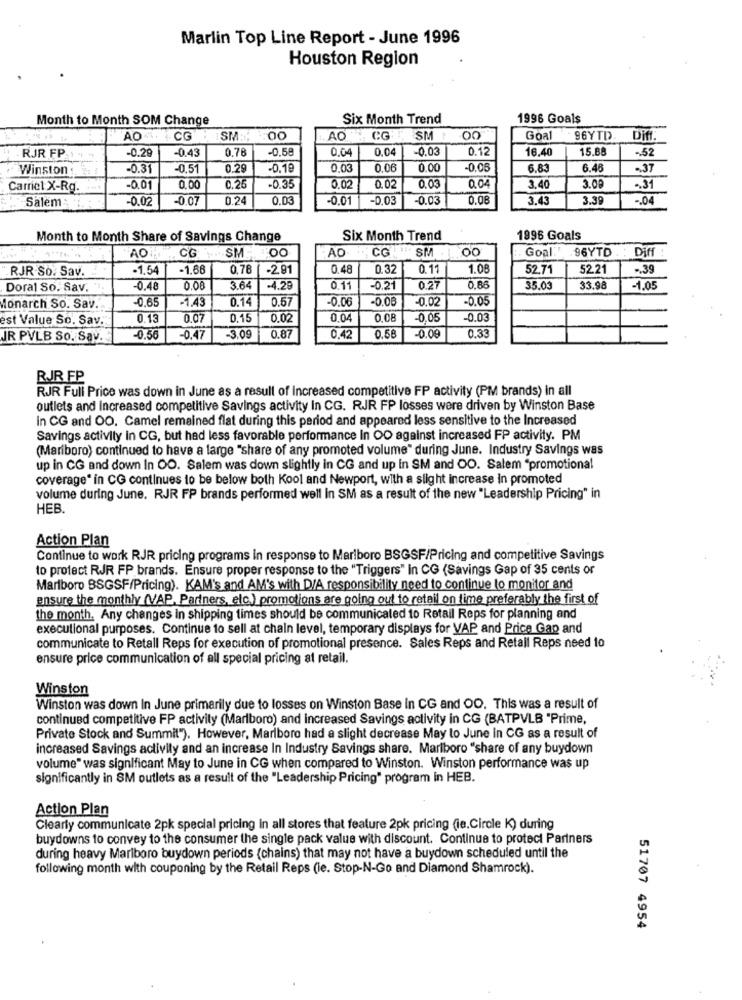
Marlin Top Line Report - June 1996
Houston Region
Month to Month SOM Change
Six Month Trend
1996 Goals
'AO. CG
SM :;
:00
AO
CG
SM
Goal
96YTD.
Diff.
-0.29
-0.43
0.7
-0.5
0.04
0,04
-0.03
0.12
16.40
15.88
-. 52
RJR FP
Winston
-0.31
-0,5
0.29
-0.18
0.03
0.06
0.00
-0.06
6.83
6.46
.. 37
Carricl X-Rg.
-0.01
0.00
0.26
-0.35
0.02
0.02
0.03
3.40
3.00
-. 31
Salem :
-0.02
-0.01
0.24
0.03
-0.01
-0,03
-0.03
0.08
3.43
3.39
-. 04
Month to Month Share of Savings Change
Six Month Trend
1996 Goals
AD CG SM
Goal:' .96YTD
: Diff
AO CG SM: 00
RJR So: Sav.
-1.54
-1.68
0.78 -291
0.48
0.32
0.11
1.08
52.71
52.21
.. 39
Doral So. Sav.
-0.48
0.00
3.64
-4.28
0.11
-0.21
0.2
0.85
35.03
33.98
-0,6
-1.43
0.14
0.57
-0.06
-0.06
-0.05
Monarch So. Sav.
est Value So. Sav.
0.13
0.07
0.15
0.02
0.04
0.08
0.05
-0.03
0.58
JR PVLB So. Sav ..
-0.56
-0,47
-3.09
0.87
0.42
-0.09
0.3
RJR FP
RJR Full Price was down in June as a result of Increased competitive FP activity (PM brands) in all
outlets and increased competitive Savings activity in CG. RJR FP losses were driven by Winston Base
In CG and OO. Camel remained flat during this period and appeared less sensitive to the Increased
Savings activity in CG, but had less favorable performance In OO against increased FP activity. PM
(Mariboro) continued to have a large "share of any promoted volume" during June. Industry Savings was
up in CG and down In OO. Salem was down slightly in CG and up in SM and OO. Salem "promotional
coverage" in CG continues to be below both Kool and Newport, with a slight increase in promoted
volume during June. RJR FP brands performed well In SM as a result of the new "Leadership Pricing" in
HEB.
Action Plan
Continue to work RJR pricing programs in response to Marlboro BSGSF/Pricing and competitive Savings
to protect RJR FP brands. Ensure proper response to the "Triggers" In CG (Savings Gap of 35 cents or
Marlboro BSGSF/Pricing). KAM's and AM's with D/A responsibility need to continue to monitor and
ensure the monthly (VAP, Partners, etc.) promotions are going out to retail on time preferably the first of
the month. Any changes in shipping times should be communicated to Retail Reps for planning and
executional purposes. Continue to sell at chain level, temporary displays for VAP and Price Gap and
communicate to Retall Reps for execution of promotional presence. Sales Reps and Retail Reps need to
ensure price communication of all special pricing at retail.
Winston
Winston was down In June primarily due to losses on Winston Base in CG and OO. This was a result of
continued competitive FP activity (Marlboro) and increased Savings activity in CG (BATPVLB "Prime,
Private Stock and Summit"). However, Marlboro had a slight decrease May to June in CG as a result of
increased Savings activity and an increase In Industry Savings share. Marlboro "share of any buydown
volume" was significant May to June in CG when compared to Winston. Winston performance was up
significantly in SM outlets as a result of the "Leadership Pricing" program in HEB.
Action Plan
Clearly communicate 2pk special pricing in all stores that feature 2pk pricing (ie.Circle K) during
buydowns to convey to the consumer the single pack value with discount. Continue to protect Partners
during heavy Marlboro buydown periods {chains) that may not have a buydown scheduled until the
following month with couponing by the Retail Reps (le. Stop-N-Go and Diamond Shamrock).
51707 4954